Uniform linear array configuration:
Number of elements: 32
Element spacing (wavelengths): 0.5
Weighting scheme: blackman
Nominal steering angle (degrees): -30
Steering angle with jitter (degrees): -29.765
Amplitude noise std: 0.05
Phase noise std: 0.05

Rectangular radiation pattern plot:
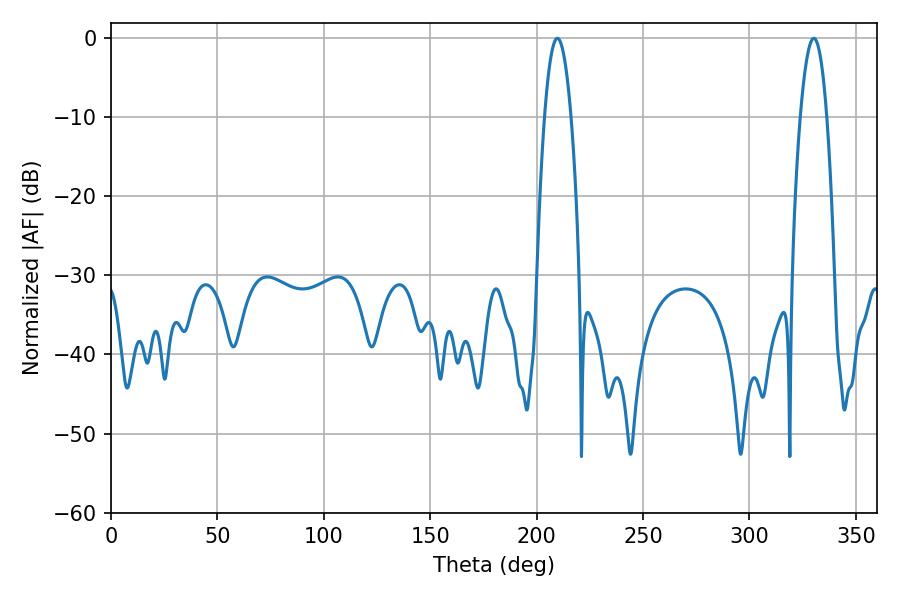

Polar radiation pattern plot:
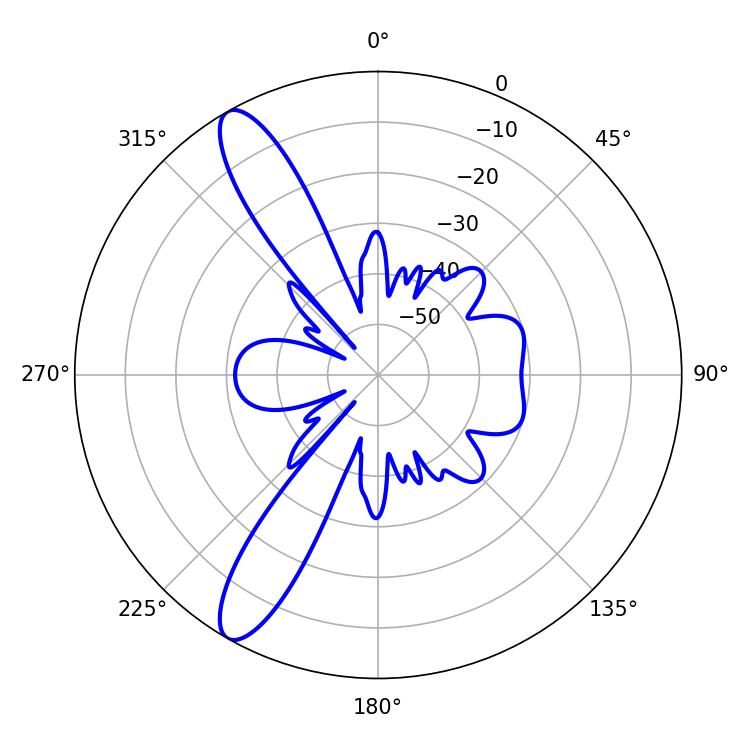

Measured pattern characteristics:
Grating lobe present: FALSE
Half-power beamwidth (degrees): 6.84
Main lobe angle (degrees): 209.7